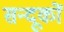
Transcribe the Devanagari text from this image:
सन्दूकों